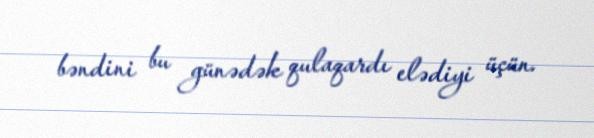
bəndini bu günədək qulaqardı elədiyi üçün.